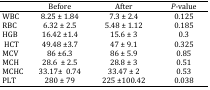
|  | Before | After | P-value |
 | --- | --- | --- | --- |
 | WBC | 8.25 ± 1.84 | *7.3 ± 2.4 | 0.125 |
 | RBC | 6.32 ± 2.5 | 5.48 ± 1.12 | 0.185 |
 | HGB | 16.42 ±1.4 | 15.6 ± 3 | 0.3 |
 | HCT | 49.48 ±3.7 | 47 ± 9.1 | 0.325 |
 | MCV | 86 ±6.3 | 86 ± 5.9 | 0.85 |
 | MCH | 28.6 ± 2.5 | 28.8 ± 3 | 0.51 |
 | MCHC | 33.17± 0.74 | 33.47 ± 2 | 0.53 |
 | PLT | 280 ± 79 | 225 ±100.42 | 0.038 |